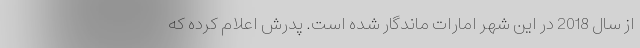
از سال 2018 در این شهر امارات ماندگار شده است. پدرش اعلام کرده که